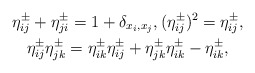
\begin{gather*}\eta_{ij}^{\pm}+\eta_{ji}^{\pm}=1 + \delta_{x_i,x_j}, (\eta_{ij}^{\pm})^{2}= \eta_{ij}^{\pm},\\\eta_{ij}^{\pm} \eta_{jk}^{\pm} = \eta_{ik}^{\pm} \eta_{ij}^{\pm}+\eta_{jk}^{\pm} \eta_{ik}^{\pm} - \eta_{ik}^{\pm},\end{gather*}